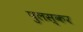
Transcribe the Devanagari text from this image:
पुलस्कर